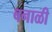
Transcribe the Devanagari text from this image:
बनाळी